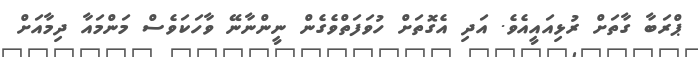
ޕްރަބާ ގާތަށް ރުޅިއައީއެވެ. އަދި އެގޮތަށް ހުވަފަތްވެގެން ނީންނާނޭ ވާހަކަވެސް މަންމައާ ދިމާއަށް